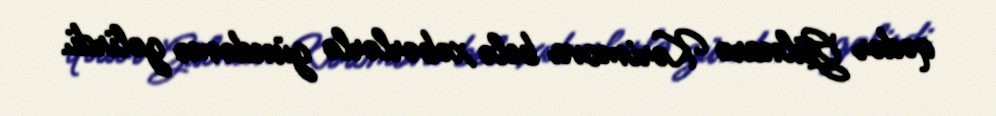
qədər Gülnarə Kərimova belə xəbərlərlə gündəmə gəlirdi.